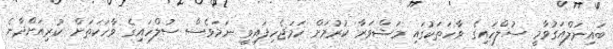
ބައިނަލްއަގުވާމީ ސުލްހައިގެ ވާހަތަކުގައި މަޝްވަރާ ކުރުމަށް ހަމަޖެހިފައިވީ ނަމަވެސް ސުލްހައިގެ ވާހަކަތަށް ކުރިއަށްދާނެ